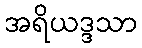
အရိယဒ္ဒသာ